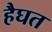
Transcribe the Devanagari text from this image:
हैघत